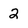
Character: 2